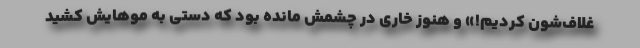
غلاف‌شون کردیم!» و هنوز خاری در چشمش مانده بود که دستی به موهایش کشید